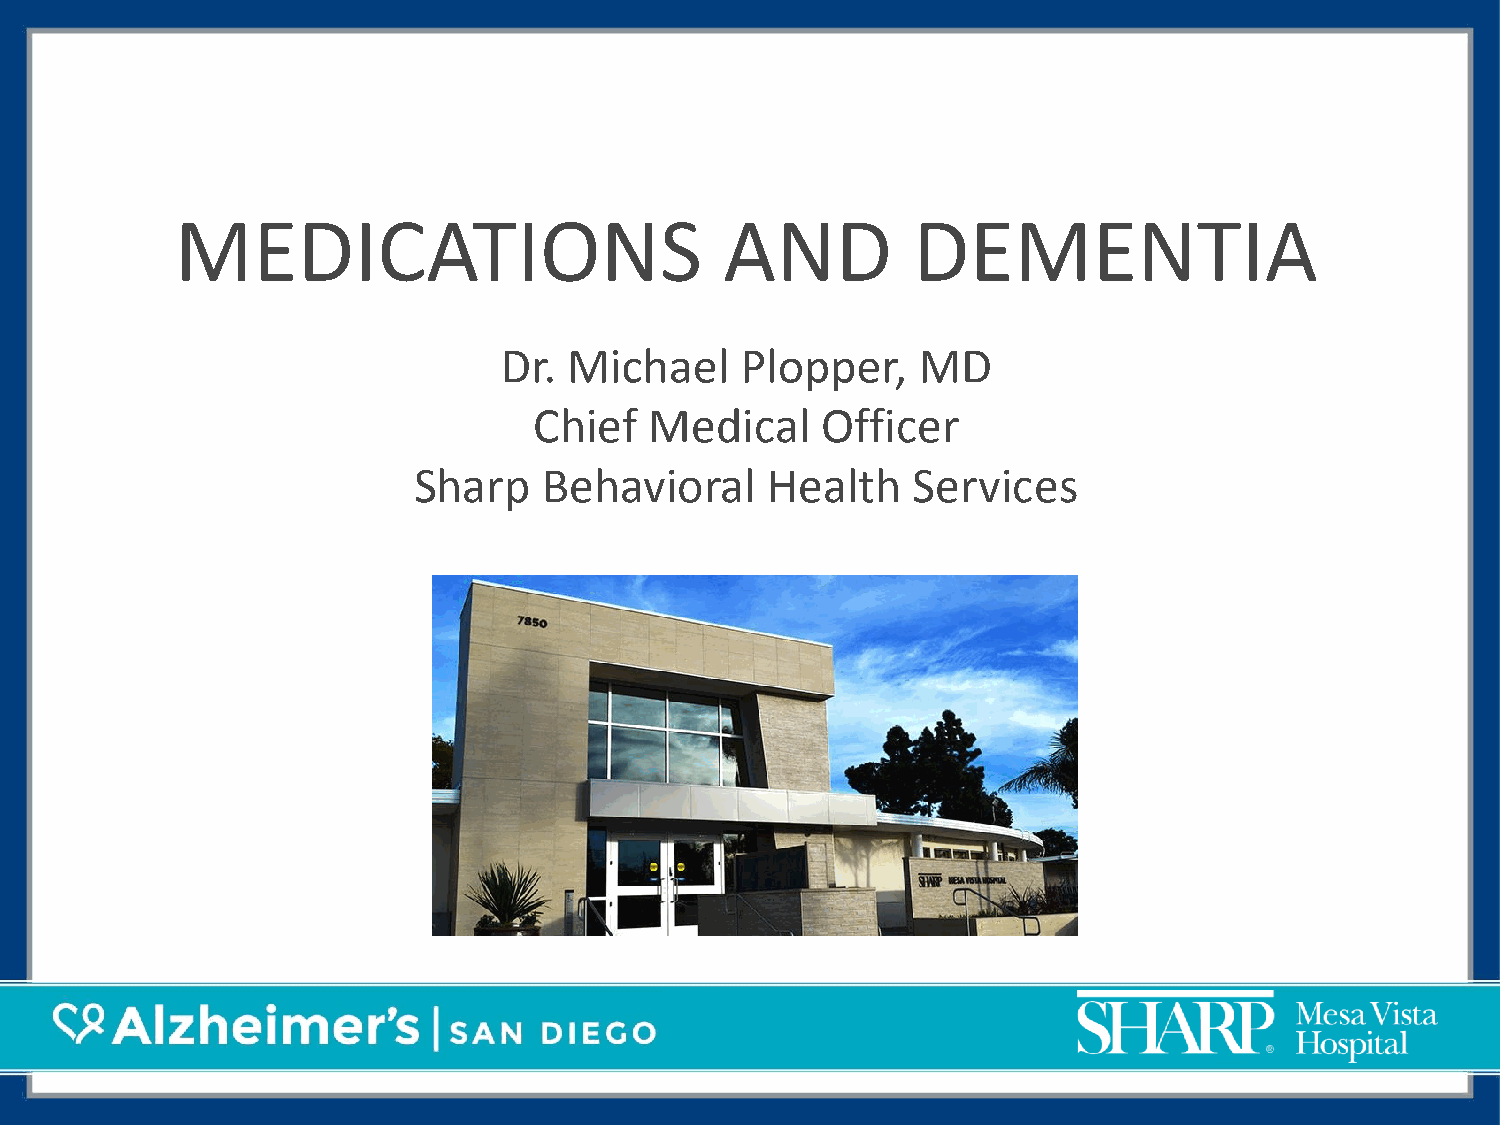
MEDICATIONS                         AND         DEMENTIA
 Dr.  Michael    Plopper,    MD
 Chief   Medical    Officer
 Sharp    Behavioral     Health   Services